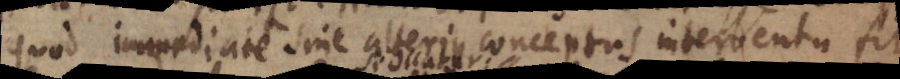
quod immediate sine alterius conceptus interventu fit